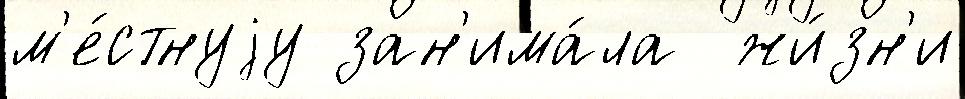
м'е́стнуjу зан'има́ла  жи́зн'и